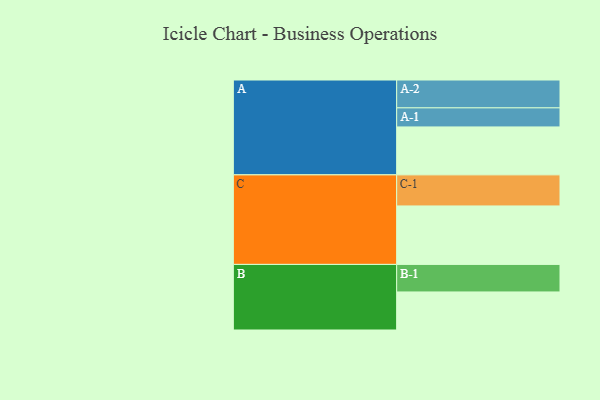
{"axis": {"x": "Segment", "y": "Value"}, "legend": ["", "A", "B", "C"], "data": [{"x": "A", "y": 432, "type": ""}, {"x": "B", "y": 343, "type": ""}, {"x": "C", "y": 527, "type": ""}, {"x": "A-1", "y": 172, "type": "A"}, {"x": "A-2", "y": 251, "type": "A"}, {"x": "B-1", "y": 248, "type": "B"}, {"x": "C-1", "y": 280, "type": "C"}]}